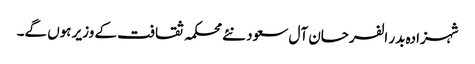
شہزادہ بدر الفرحان آل سعود نئے محکمہ ثقافت کے وزیر ہوں گے۔